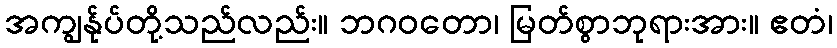
အကျွန်ုပ်တို့သည်လည်း။ ဘဂဝတော၊ မြတ်စွာဘုရားအား။ ဧတံ၊